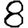
Digit: 8